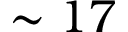
\sim 1 7